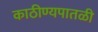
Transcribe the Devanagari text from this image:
काठीण्यपातळी